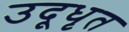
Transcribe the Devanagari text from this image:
उदूधृत